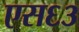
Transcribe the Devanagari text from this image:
एस६३